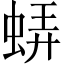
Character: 𧋼